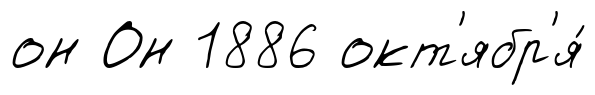
он Он 1886 окт'ябр'я́